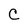
Character: C